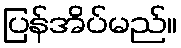
ပြန်အိပ်မည်။